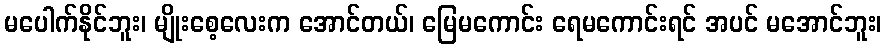
မပေါက်နိုင်ဘူး၊ မျိုးစေ့လေးက အောင်တယ်၊ မြေမကောင်း ရေမကောင်းရင် အပင် မအောင်ဘူး၊